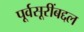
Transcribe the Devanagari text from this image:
पूर्वसूरींबद्दल